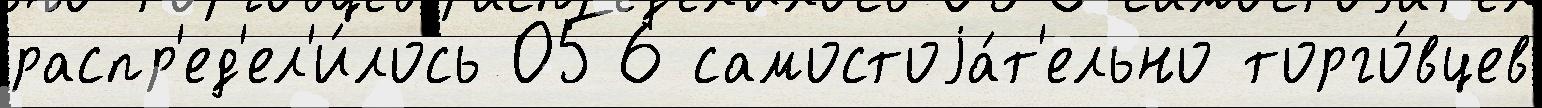
распр'ед'ел'и́лось 056 самостоjа́т'ельно торго́вцев